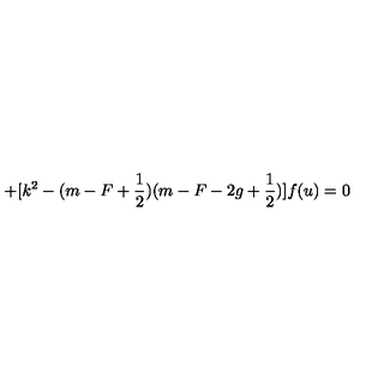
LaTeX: + [ k ^ { 2 } - ( m - F + \frac 1 2 ) ( m - F - 2 g + \frac 1 2 ) ] f ( u ) = 0